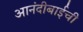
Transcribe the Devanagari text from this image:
आनंदीबाईची